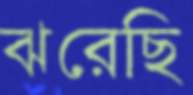
ঝরেছি